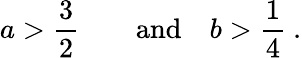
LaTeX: {{a}}>{\frac{3}{2}}\qquad\mathrm{and}\quad{{b}}>{\frac{1}{4}}\ .